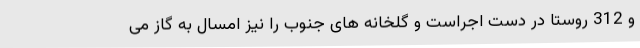
و 312 روستا در دست اجراست و گلخانه های جنوب را نیز امسال به گاز می